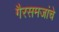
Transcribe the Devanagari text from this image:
गैरसमजांचे